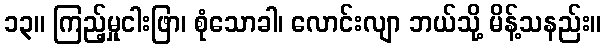
၁၃။ ကြည့်မှုငါးဖြာ၊ စုံသောခါ၊ လောင်းလျာ ဘယ်သို့ မိန့်သနည်း။